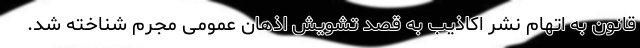
قانون به اتهام نشر اکاذیب به قصد تشویش اذهان عمومی مجرم شناخته شد.